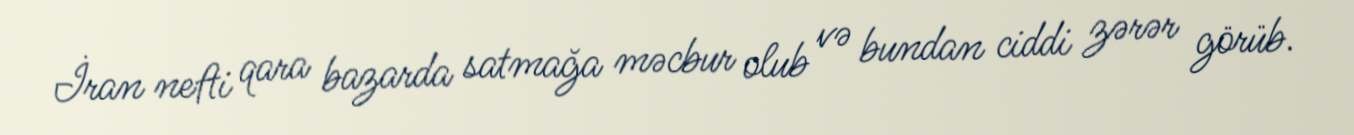
İran nefti qara bazarda satmağa məcbur olub və bundan ciddi zərər görüb.